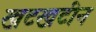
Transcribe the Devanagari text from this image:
खटखटीन